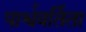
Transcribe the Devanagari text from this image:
पार्श्ववर्तिता